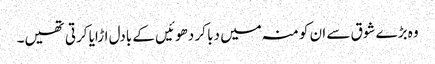
وہ بڑے شوق سے ان کو منہ میں دبا کر دھوئیں کے بادل اڑایا کرتی تھیں۔